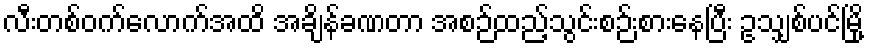
လီးတစ်ဝက်လောက်အထိ အချိန်ခဏတာ အစဉ်ထည့်သွင်းစဉ်းစားနေပြီး ဥသျှစ်ပင်မြို့